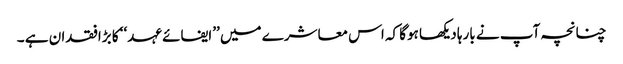
چنانچہ آپ نے بارہا دیکھا ہوگا کہ اس معاشرے میں ’’ایفائے عہد‘‘ کا بڑافقدان ہے ۔